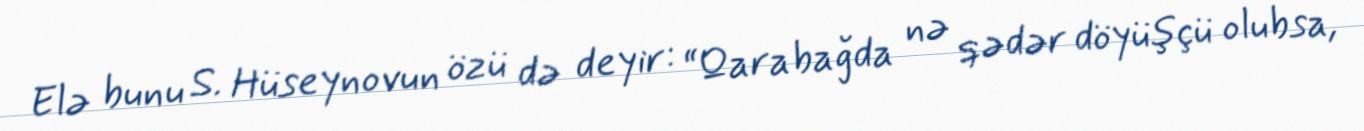
Elə bunu S. Hüseynovun özü də deyir: “Qarabağda nə qədər döyüşçü olubsa,